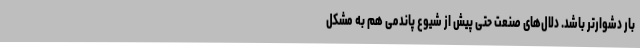
بار دشوارتر باشد. دلال‌های صنعت حتی پیش از شیوع پاندمی هم به مشکل